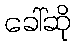
ခေါ်ဆို